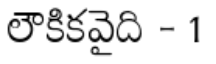
లౌకికవైది - 1